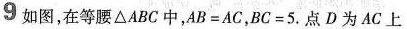
9 如图，在等腰\triangleABC中，$$AB=AC$$，$$BC=5$$.点D为AC上